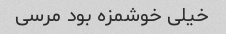
خیلی خوشمزه بود مرسی